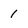
Character: 1